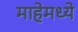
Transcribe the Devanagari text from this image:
माहेमध्ये